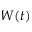
W ( t )